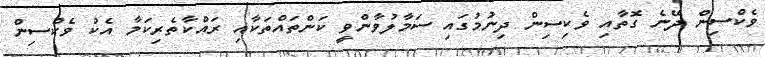
ވެކްސިން ދޭނެ ގޮތާއި ވެކިސިން ދިނުމުގައި ސަމާލުވާންވީ ކަންތައްތަކާއި ރައްކާތެރިކަމާ އެކު ވެކްސިން